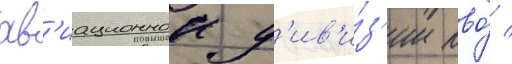
ав'иационнои д'ив'и́з'ии пво́ /